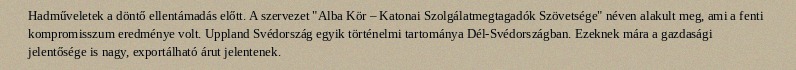
Hadműveletek a döntő ellentámadás előtt. A szervezet "Alba Kör – Katonai Szolgálatmegtagadók Szövetsége" néven alakult meg, ami a fenti kompromisszum eredménye volt. Uppland Svédország egyik történelmi tartománya Dél-Svédországban. Ezeknek mára a gazdasági jelentősége is nagy, exportálható árut jelentenek.